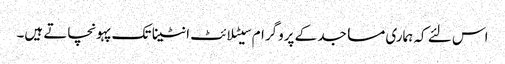
اس لئے کہ ہماری مساجد کے پروگرام سیٹلائٹ انٹینا تک پہونچاتے ہیں۔